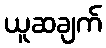
ယူဆချက်